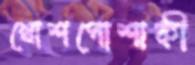
খোশপোশাকী